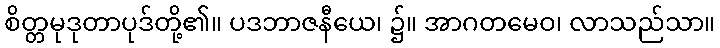
စိတ္တမုဒုတာပုဒ်တို့၏။ ပဒဘာဇနီယေ၊ ၌။ အာဂတမေဝ၊ လာသည်သာ။